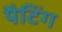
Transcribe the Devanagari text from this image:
पैटिंग